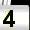
Digit: 4